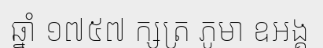
ឆ្នាំ ១៧៥៧ ក្សត្រ ភូមា ឧអង្គ